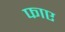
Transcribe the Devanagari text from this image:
फाए